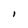
Character: l